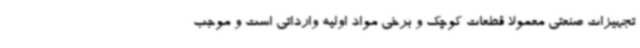
تجهیزات صنعتی معمولاً قطعات کوچک و برخی مواد اولیه وارداتی است و موجب